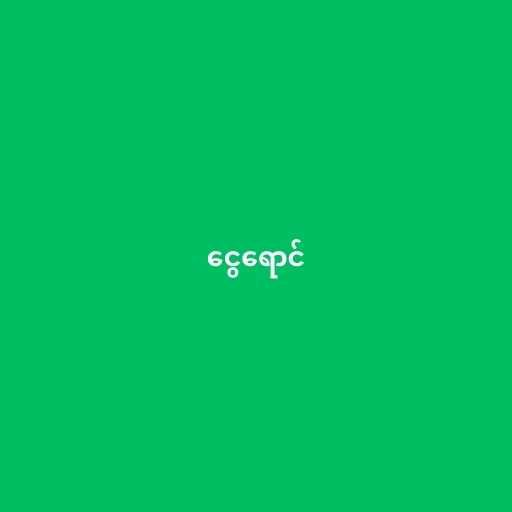
ငွေရောင်